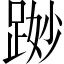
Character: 𨁭